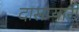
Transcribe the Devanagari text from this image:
दासप्यारी